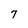
Character: 7